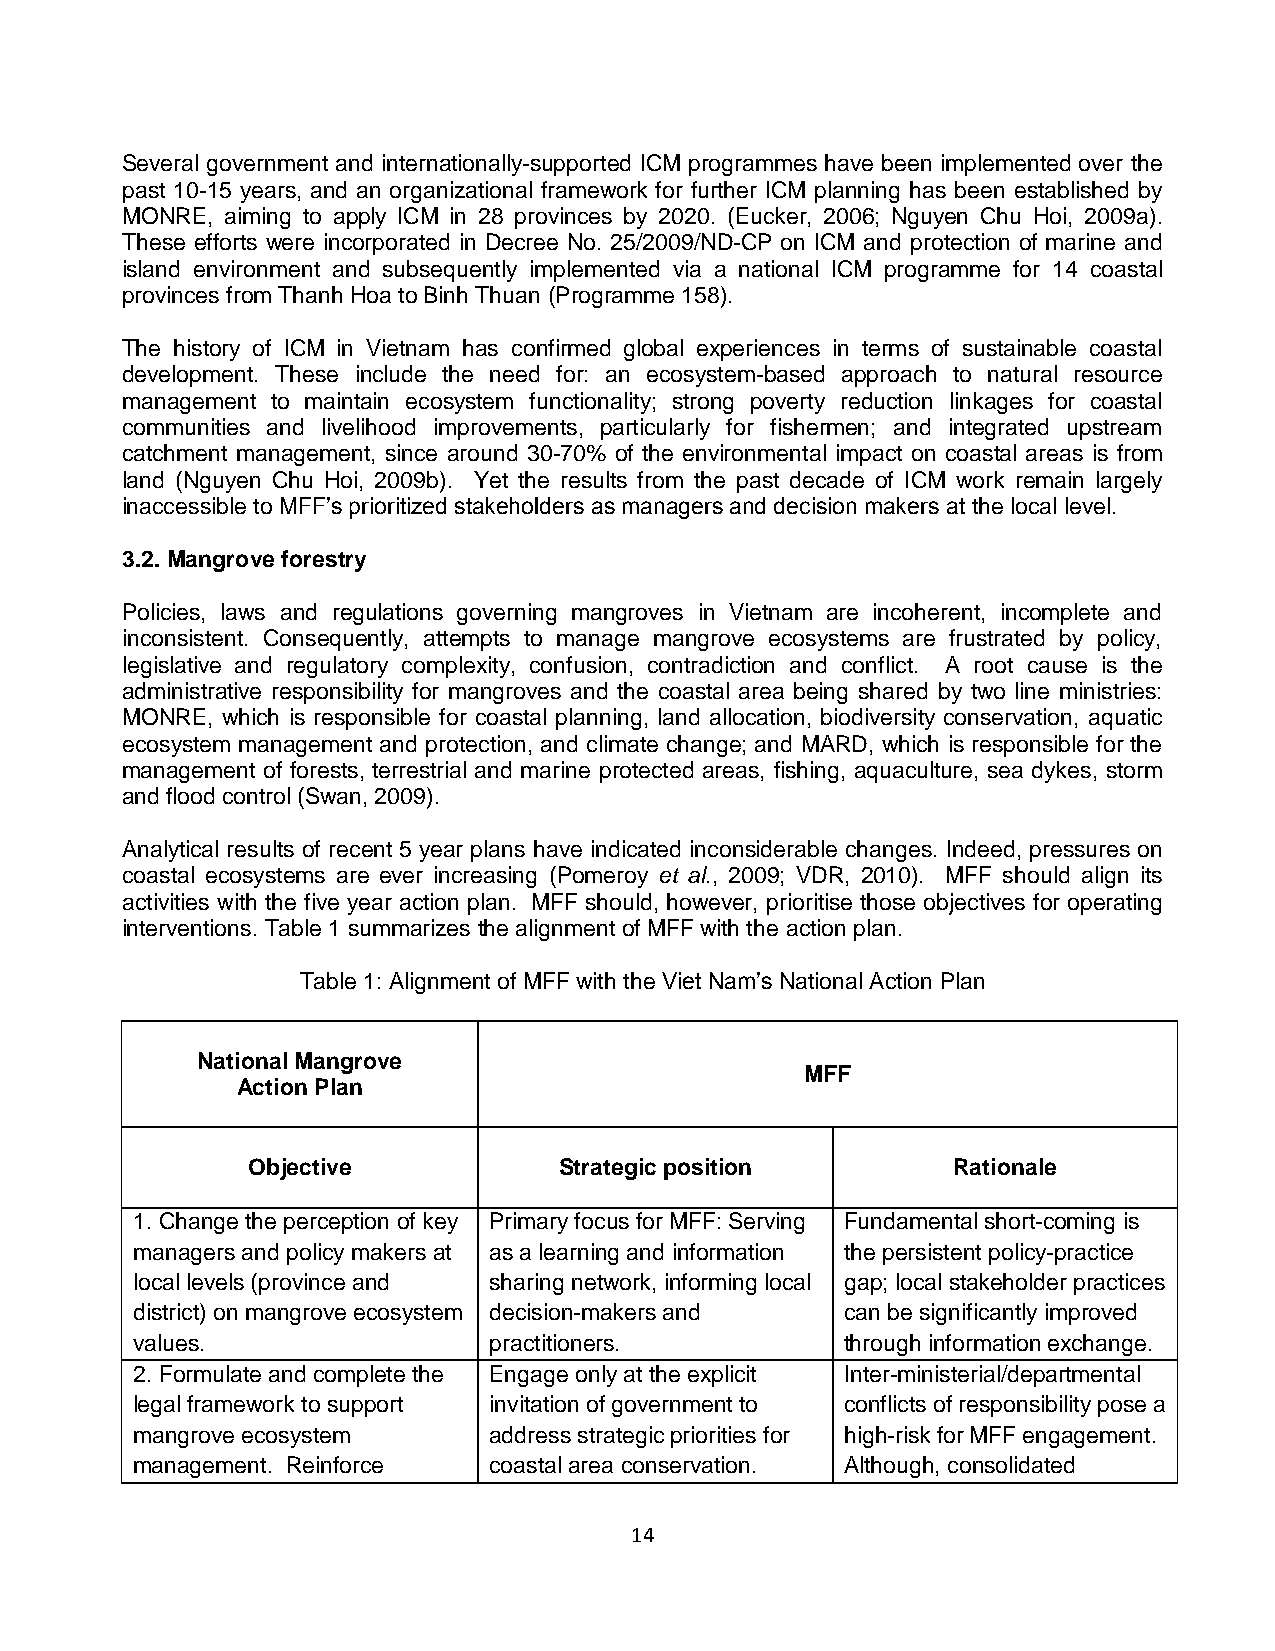
Several government and internationally-supported ICM programmes have been implemented over the
 past 10-15 years, and an organizational framework for further ICM planning has been established by
 MONRE, aiming to apply ICM in 28 provinces by 2020. (Eucker, 2006; Nguyen Chu Hoi, 2009a).
 These efforts were incorporated in Decree No. 25/2009/ND-CP on ICM and protection of marine and
 island environment and subsequently implemented via a national ICM programme for 14 coastal
 provinces from Thanh Hoa to Binh Thuan (Programme 158).
 The history of ICM in Vietnam has confirmed global experiences in terms of sustainable coastal
 development. These include the need for: an ecosystem-based approach to natural resource
 management to maintain ecosystem functionality; strong poverty reduction linkages for coastal
 communities and livelihood improvements, particularly for fishermen; and integrated upstream
 catchment management, since around 30-70% of the environmental impact on coastal areas is from
 land (Nguyen Chu Hoi, 2009b). Yet the results from the past decade of ICM work remain largely
 inaccessible to MFF’s prioritized stakeholders as managers and decision makers at the local level.
 3.2. Mangrove forestry
 Policies, laws and regulations governing mangroves in Vietnam are incoherent, incomplete and
 inconsistent. Consequently, attempts to manage mangrove ecosystems are frustrated by policy,
 legislative and regulatory complexity, confusion, contradiction and conflict. A root cause is the
 administrative responsibility for mangroves and the coastal area being shared by two line ministries:
 MONRE, which is responsible for coastal planning, land allocation, biodiversity conservation, aquatic
 ecosystem management and protection, and climate change; and MARD, which is responsible for the
 management of forests, terrestrial and marine protected areas, fishing, aquaculture, sea dykes, storm
 and flood control (Swan, 2009).
 Analytical results of recent 5 year plans have indicated inconsiderable changes. Indeed, pressures on
 coastal ecosystems are ever increasing (Pomeroy et al., 2009; VDR, 2010). MFF should align its
 activities with the five year action plan. MFF should, however, prioritise those objectives for operating
 interventions. Table 1 summarizes the alignment of MFF with the action plan.
 Table 1: Alignment of MFF with the Viet Nam’s National Action Plan
 National Mangrove
 MFF
 Action Plan
 Objective            Strategic position        Rationale
 1. Change the perception of key Primary focus for MFF: Serving Fundamental short-coming is
 managers and policy makers at as a learning and information the persistent policy-practice
 local levels (province and sharing network, informing local gap; local stakeholder practices
 district) on mangrove ecosystem decision-makers and can be significantly improved
 values.                practitioners.          through information exchange.
 2. Formulate and complete the Engage only at the explicit Inter-ministerial/departmental
 legal framework to support invitation of government to conflicts of responsibility pose a
 mangrove ecosystem     address strategic priorities for high-risk for MFF engagement.
 management. Reinforce  coastal area conservation. Although, consolidated
 14